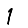
Digit: 1